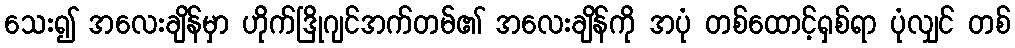
သေး၍ အလေးချိန်မှာ ဟိုက်ဒြိုဂျင်အက်တမ်၏ အလေးချိန်ကို အပုံ တစ်ထောင့်ရှစ်ရာ ပုံလျှင် တစ်